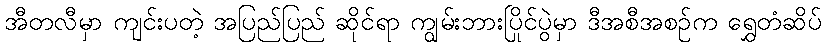
အီတလီမှာ ကျင်းပတဲ့ အပြည်ပြည် ဆိုင်ရာ ကျွမ်းဘားပြိုင်ပွဲမှာ ဒီအစီအစဉ်က ရွှေတံဆိပ်